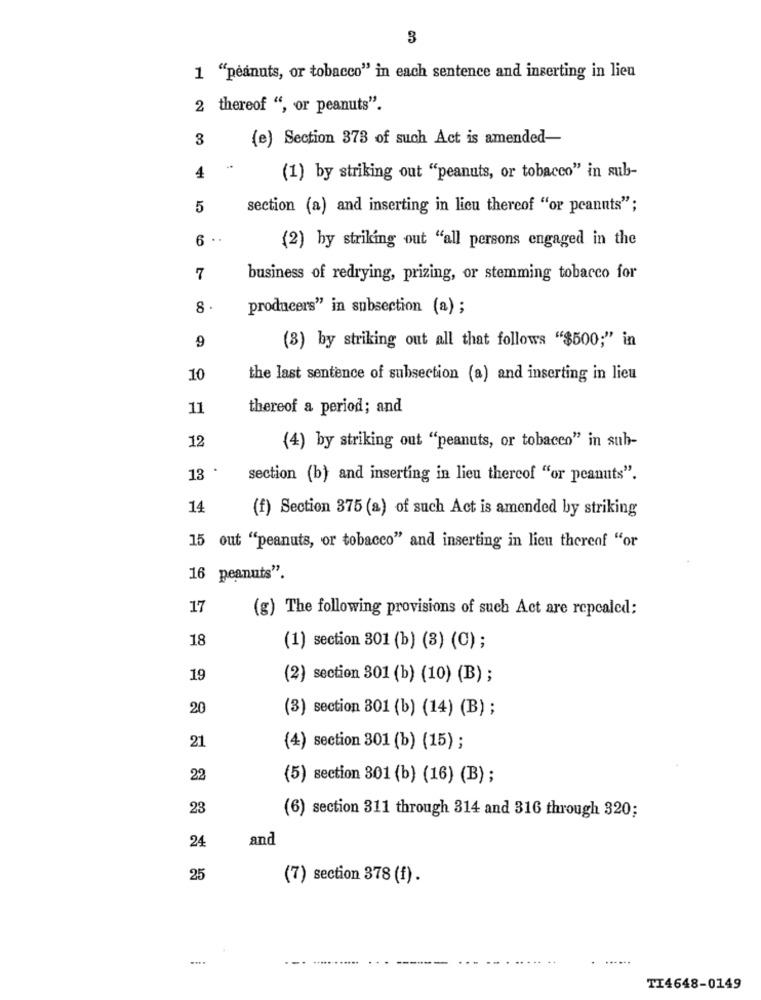
3
1 "peanuts, or tobacco" in each sentence and inserting in lieu
2 thereof ", or peanuts".
3
(e) Section 373 of such Act is amended-
4
(1) by striking out "peanuts, or tobacco" in sub-
5
section (a) and inserting in lieu thereof "or peanuts";
(2) by striking out "all persons engaged in the
7
business of redrying, prizing, or stemming tobacco for
8
producers" in subsection (a) ;
9
(3) by striking out all that follows "$500;" in
10
the last sentence of subsection (a) and inserting in lieu
11
thereof a period; and
12
(4) by striking out "peanuts, or tobacco" in sub-
.
13
section (b) and inserting in lieu thereof "or peanuts".
14
(f) Section 375 (a) of such Act is amended by striking
15 out "peanuts, or tobacco" and inserting in lieu thereof "or
16 peanuts".
17
(g) The following provisions of such Act are repcaled:
18
(1) section 301 (b) (3) (C) ;
19
(2) section 301 (b) (10) (B) ;
20
(3) section 301 (b) (14) (B) ;
21
(4) section 301 (b) (15) ;
22
(5) section 301 (b) (16) (B) ;
23
(6) section 311 through 314 and 316 through 320;
and
24
25
(7) section 378 (f).
---
TI4648-0149